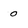
Character: o